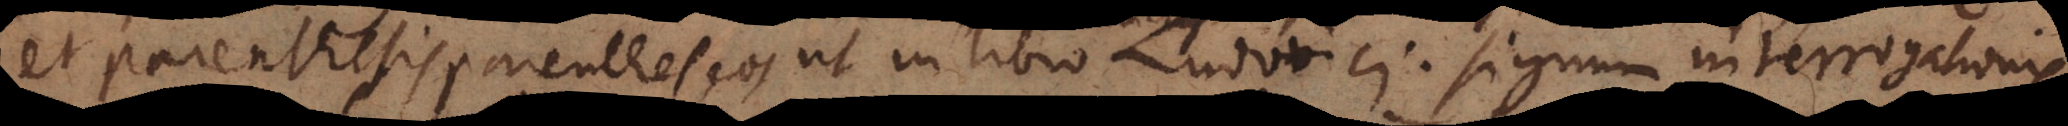
et parenthesis parentheseos ut in libro Ludovici, signum interrogationis,